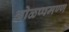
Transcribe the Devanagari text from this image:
ओळप्पमण्ण